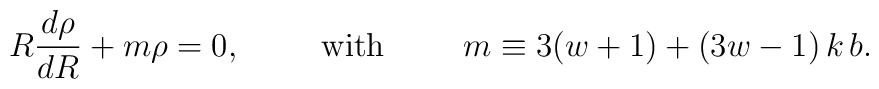
R{d\rho\over dR}+m \rho=0, \hskip 1cm {\rm with}\hskip 1cm  m \equiv 3(w+1)+(3w-1)\,k\,b.